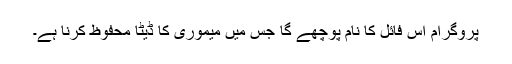
پروگرام اس فائل کا نام پوچھے گا جس میں میموری کا ڈیٹا محفوظ کرنا ہے۔